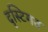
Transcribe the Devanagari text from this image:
दृस्टिगत